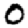
Digit: 0